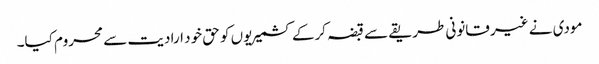
مودی نے غیر قانونی طریقے سے قبضہ کرکے کشمیریوں کو حق خود ارادیت سے محروم کیا۔